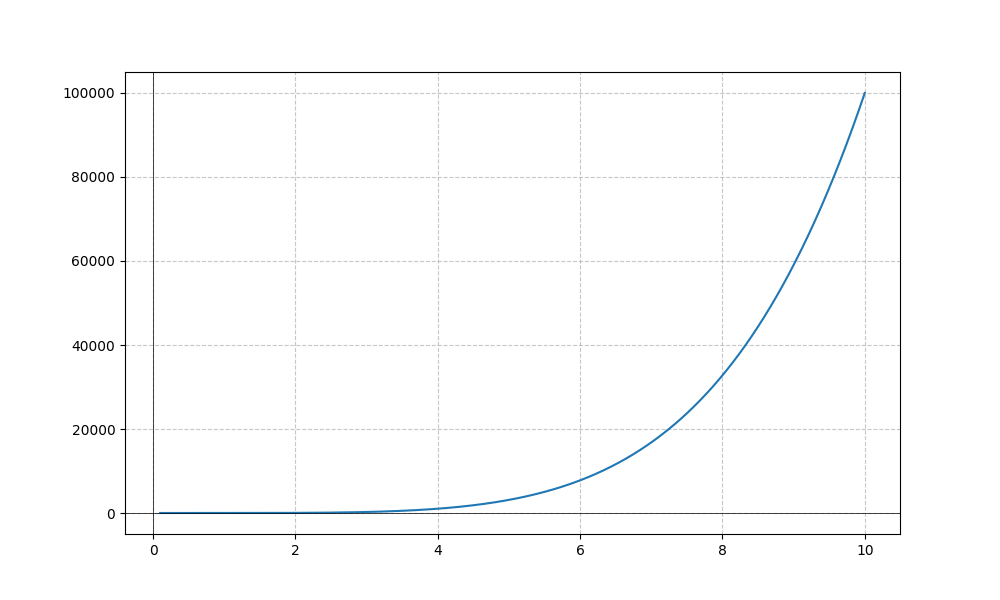
LaTeX formula: x^{5} + \cos{\left(x \right)}